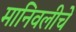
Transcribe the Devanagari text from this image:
मानिवलीचे